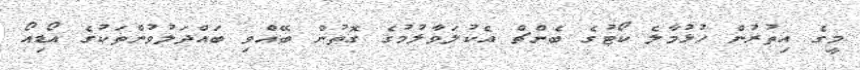
މީގެ އިތުރުން ހުޅުމާލެ ކޯޓުގެ ބެންޗް އެކުލަވާލުމުގެ ގޮތުން ބޭއްވި ބައްދަލުވުންތަކުގެ އޯޑިއޯ